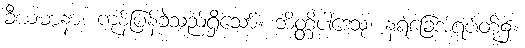
ခီယမာနာ၊ ကုန်ပြန်ခဲ့သည်ရှိသော်။ ဘိတ္တိပါဒေသု၊ နံရံခြေအရပ်တို့၌။